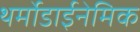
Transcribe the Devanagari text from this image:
थर्मोडाईनेमिक